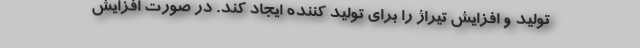
تولید و افزایش تیراژ را برای تولید کننده ایجاد کند. در صورت افزایش